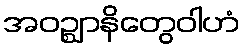
အဝဉ္ဈာနိတွေဝါဟံ